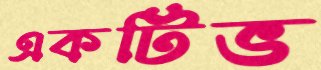
একটিভ